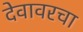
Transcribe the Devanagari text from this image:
देवावरचा